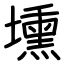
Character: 壎